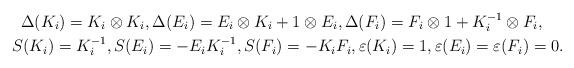
LaTeX: \begin{gather*}\Delta(K_i) = K_i \otimes K_i, \Delta(E_i) = E_i \otimes K_i + 1 \otimes E_i, \Delta(F_i) = F_i \otimes 1 + K_i^{-1} \otimes F_i, \\S(K_i) = K_i^{-1}, S(E_i) = - E_i K_i^{-1}, S(F_i) = - K_i F_i, \varepsilon(K_i) = 1, \varepsilon(E_i) = \varepsilon(F_i) = 0.\end{gather*}